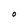
Character: O